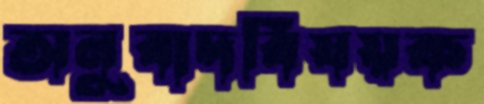
অনুবাদবিষয়ক